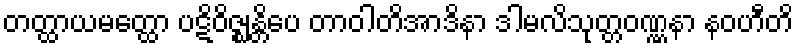
တတ္ထာယမတ္ထော ပဋိဝိဇ္ဈန္တိပေ တာဝါတိအာဒိနာ ဒါမလိသုတ္တဝဏ္ဏနာ နဝဟီတိ